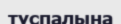
тұспалына